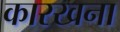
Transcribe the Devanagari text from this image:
कारखना